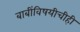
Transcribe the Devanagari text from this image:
बाबींविषयीचीही